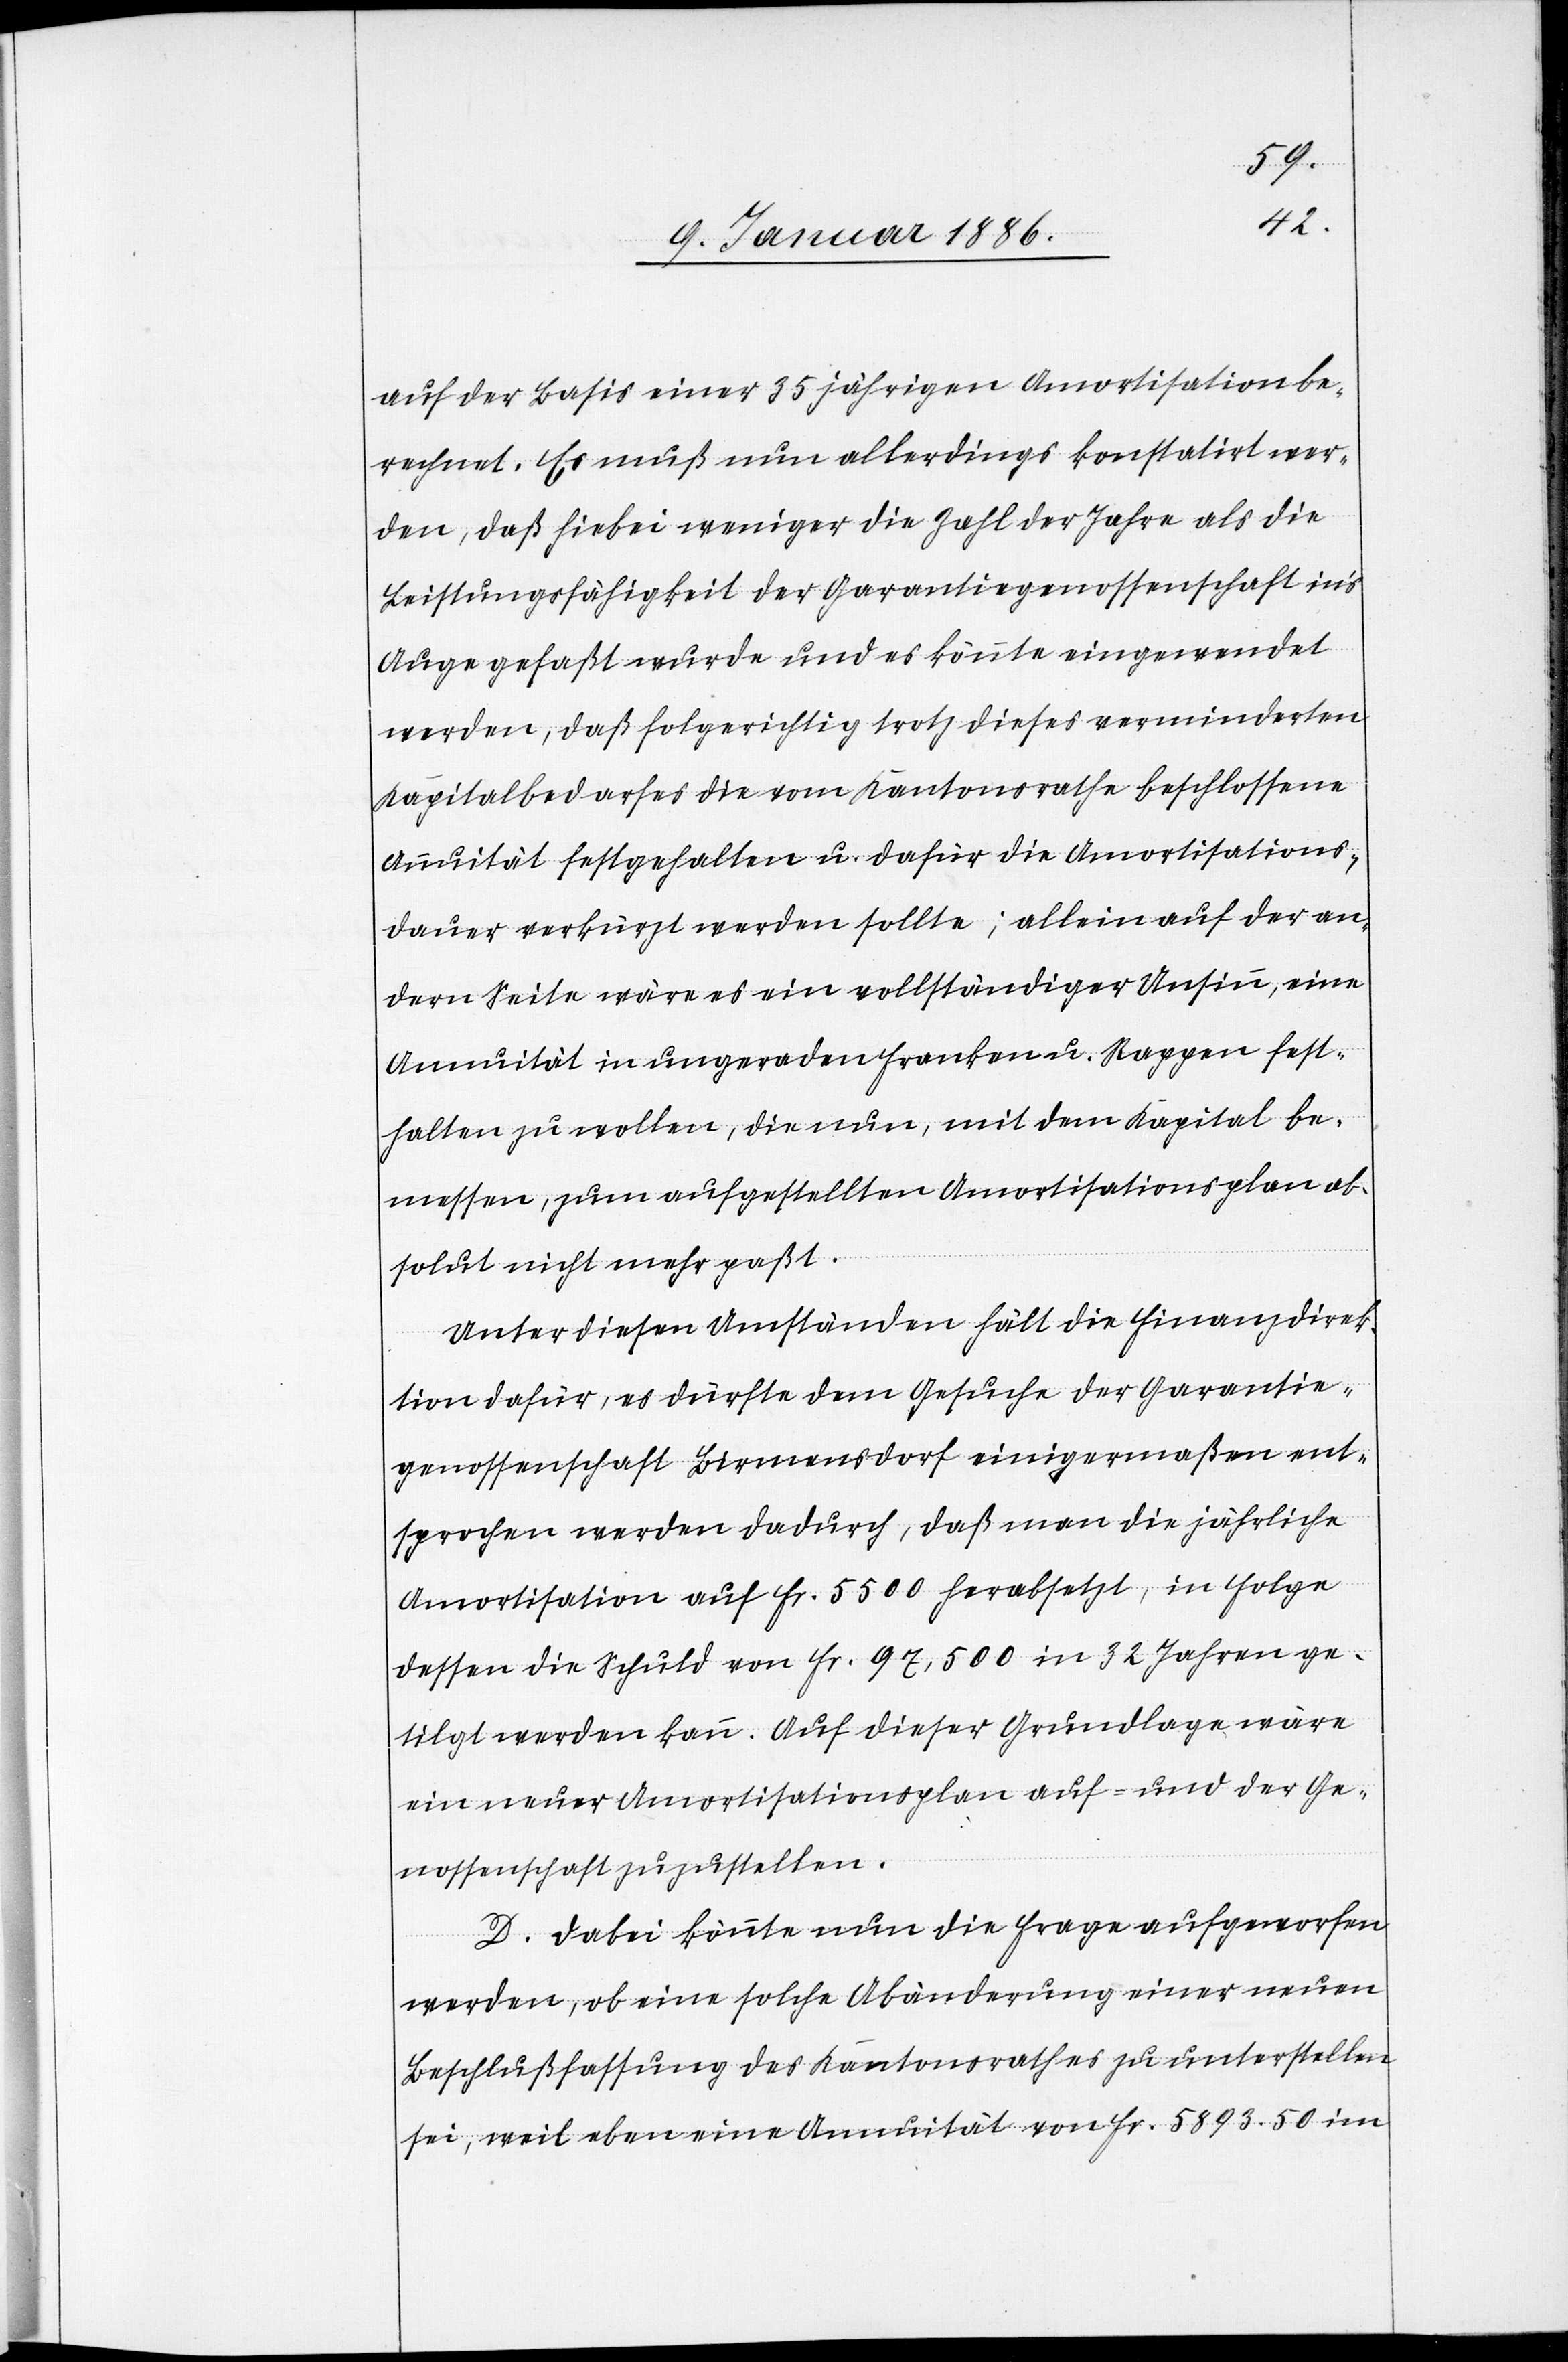
auf der Basis einer 35jährigen Amortisation be¬
rechnet. Es muß nun allerdings konstatiert wer¬
den, daß hiebei weniger die Zahl der Jahre als die
Leistungsfähigkeit der Garantiegenossenschaft in’s
Auge gefaßt wurde und es könnte eingewendet
werden, daß folgerichtig trotz dieses verminderten
Kapitalbedarfes die vom Kantonsrathe beschlossene
Annuität festgehalten u. dafür die Amortisations¬
dauer verkürzt werden sollte; allein auf der an¬
dern Seite wäre es ein vollständiger Unsinn, eine
Annuität in ungeraden Franken u. Rappen fest¬
halten zu wollen, die nun, mit dem Kapital be¬
messen, zum aufgestellten Amortisationsplan ab¬
solut nicht mehr paßt.
Unter diesen Umständen hält die Finanzdirek¬
tion dafür, es dürfte dem Gesuche der Garantie¬
genossenschaft Birmensdorf einigermaßen ent¬
sprochen werden dadurch, daß man die jährliche
Amortisation auf Fr. 5500 herabsetzt, in Folge
dessen die Schuld von Fr. 97,500 in 32 Jahren ge¬
tilgt werden kann. Auf dieser Grundlage wäre
ein neuer Amortisationsplan auf- und der Ge¬
nossenschaft zuzustellen.
D. Dabei könnte nun die Frage aufgeworfen
werden, ob eine solche Abänderung einer neuen
Beschlußfassung des Kantonsrathes zu unterstellen
sei, weil eben eine Annuität von Fr. 5893. 50 im